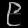
Digit: ၉